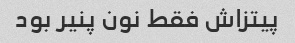
پیتزاش فقط نون پنیر بود